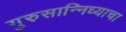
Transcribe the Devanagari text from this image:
गुरुसान्निध्याचा